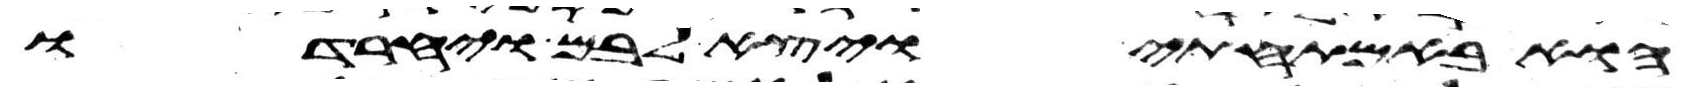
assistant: הוא באמתחתי ויצא לבם ויחרדו